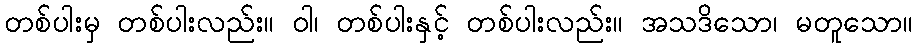
တစ်ပါးမှ တစ်ပါးလည်း။ ဝါ၊ တစ်ပါးနှင့် တစ်ပါးလည်း။ အသဒိသော၊ မတူသော။